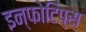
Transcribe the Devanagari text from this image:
इन्फोटिप्स